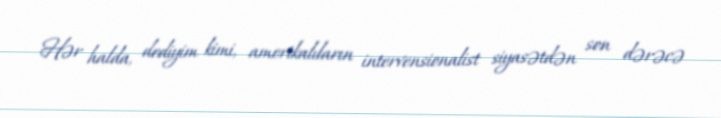
Hər halda, dediyim kimi, amerikalıların intervensionalist siyasətdən son dərəcə